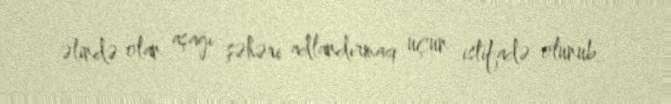
əlində olan aşağı şəhəri adlandırmaq üçün istifadə olunub.